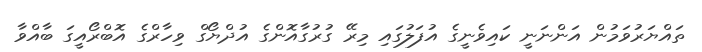
ތައްޔަރުވަމުން އަންނަނީ ކައިވެނީގެ އުފަލުގައި މިރޭ ގުރުގާއޮންގެ އުދްޔޯގް ވިހާރްގެ އޮބްރޯއީގަ ބާއްވާ